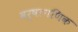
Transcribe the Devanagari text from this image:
वर्षागणिक